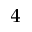
_ 4